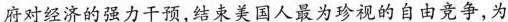
府对经济的强力干预，结束美国人最为珍视的自由竞争，为